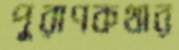
পুরাণকথার